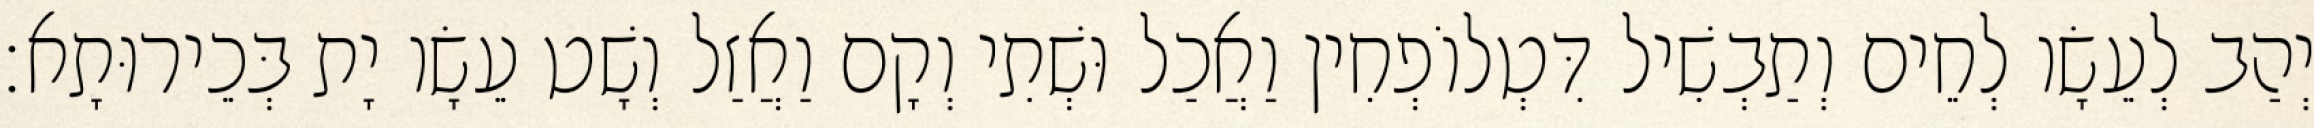
יְהַב לְעֵשָׂו לְחֵים וְתַבְשִׁיל דִּטְלוֹפְחִין וַאֲכַל וּשְׁתִי וְקָם וַאֲזַל וְשָׁט עֵשָׂו יָת בְּכֵירוּתָא׃